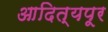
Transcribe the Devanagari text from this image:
आदित्यपूर